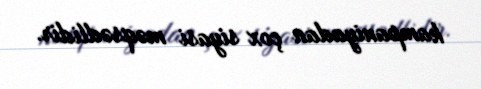
kampaniyadan çox siyasi məqsədlidir.